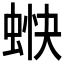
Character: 𧋿